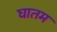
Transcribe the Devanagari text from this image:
घातम